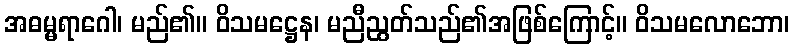
အဓမ္မရာဂေါ၊ မည်၏။ ဝိသမဋ္ဌေန၊ မညီညွတ်သည်၏အဖြစ်ကြောင့်။ ဝိသမလောဘော၊